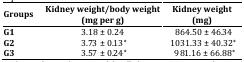
<table><thead><tr><td><b>Groups</b></td><td><b>Kidney weight/body weight (mg per g)</b></td><td><b>Kidney weight (mg)</b></td></tr></thead><tbody><tr><td><b>G1</b></td><td>3.18 ± 0.24</td><td> 864.50 ± 46.34</td></tr><tr><td><b>G2</b></td><td> 3.73 ± 0.13<sup>*</sup></td><td> 1031.33 ± 40.32<sup>*</sup></td></tr><tr><td><b>G3</b></td><td> 3.57 ± 0.24<sup>*</sup></td><td> 981.16 ± 66.88<sup>*</sup></td></tr></tbody></table>